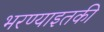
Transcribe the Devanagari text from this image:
भरण्याइतकी